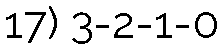
17) 3-2-1-0